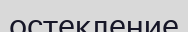
остекление